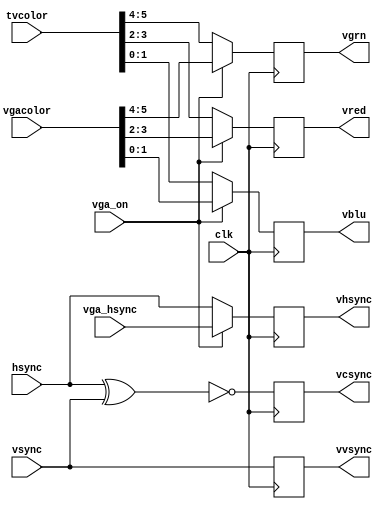
module video_outmux(

	input  wire        clk,


	input  wire        vga_on,


	input  wire [ 5:0] tvcolor,
	input  wire [ 5:0] vgacolor,

	input  wire        vga_hsync,
	input  wire        hsync,
	input  wire        vsync,


	output reg  [ 1:0] vred,
	output reg  [ 1:0] vgrn,
	output reg  [ 1:0] vblu,

	output reg         vhsync,
	output reg         vvsync,
	output reg         vcsync
);


	always @(posedge clk)
	begin
		vgrn[1:0] <= vga_on ? vgacolor[5:4] : tvcolor[5:4];
		vred[1:0] <= vga_on ? vgacolor[3:2] : tvcolor[3:2];
		vblu[1:0] <= vga_on ? vgacolor[1:0] : tvcolor[1:0];

		vhsync <= vga_on ? vga_hsync : hsync;
		vvsync <= vsync;

		vcsync <= ~(hsync ^ vsync);
	end



endmodule